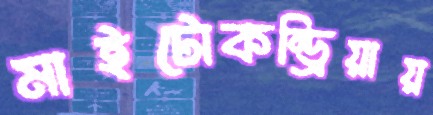
মাইটোকন্ড্রিয়ায়